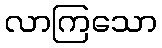
လာကြသော